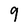
Character: 9